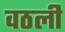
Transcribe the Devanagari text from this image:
वठली